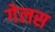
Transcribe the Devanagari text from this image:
गेलस